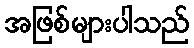
အဖြစ်များပါသည်